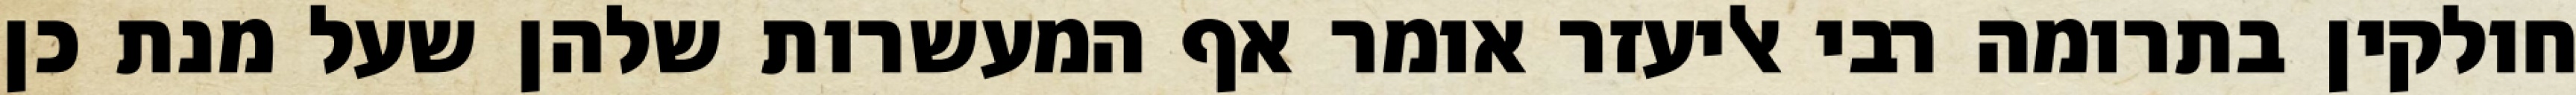
חולקין בתרומה רבי אליעזר אומר אף המעשרות שלהן שעל מנת כן